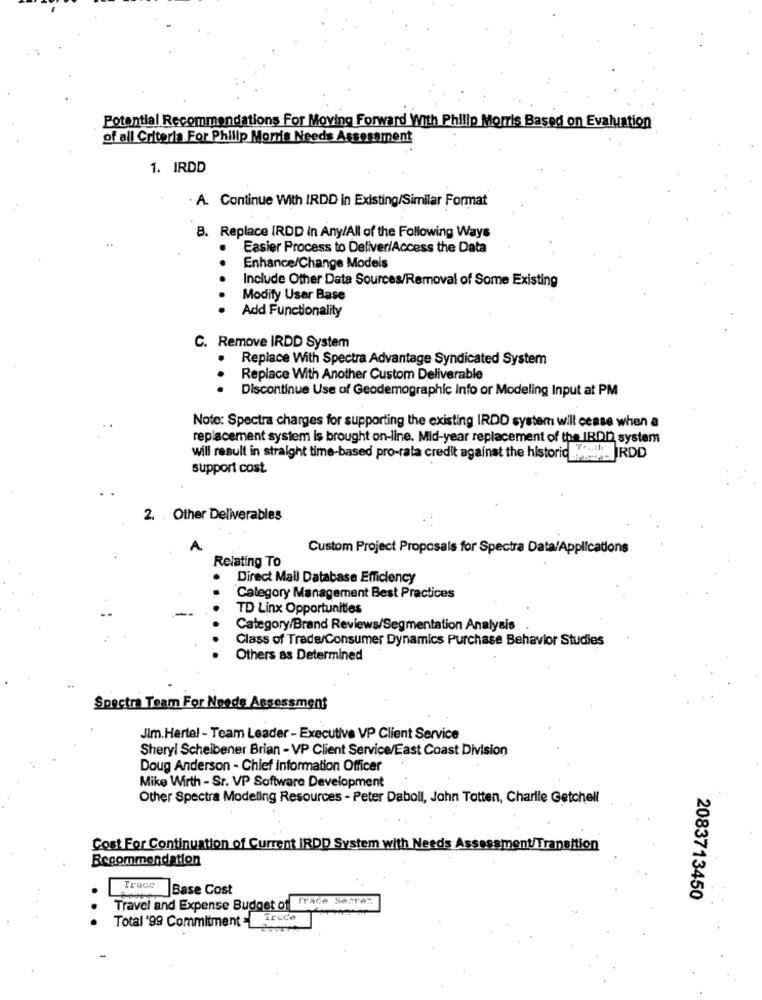
Potential Recommendations For Moving Forward With Philip Morris Based on Evaluation
of all Criteria For Philip Morris Needs Assessment
1. IRDD
· A. Continue With IRDD in Existing/Similar Format
B. Replace IRDD in Any/All of the Following Ways
Easier Process to Deliver/Access the Data
Enhance/Change Models
...
Include Other Data Sources/Removal of Some Existing
Modify User Base
..
Add Functionality
C. Remove IRDD System
Replace With Spectra Advantage Syndicated System
Replace With Another Custom Deliverable
...
Discontinue Use of Geodemographic Info or Modeling Input at PM
Note: Spectra charges for supporting the existing IRDD system will cease when a
replacement system is brought on-line. Mid-year replacement of the IRDD system
will result in straight time-based pro-rata credit against the historic ___ IRDD
support cost.
2. . Other Deliverables
Custom Project Proposals for Spectra Data/Applications
Relating To
Direct Mail Database Efficiency
..
Category Management Best Practices
TD Linx Opportunities
Category/Brand Reviews/Segmentation Analysis
Class of Trade/Consumer Dynamics Purchase Behavior Studies
Others as Determined
Spectra Team For Needs Assessment
Jim.Hertel - Team Leader - Executive VP Client Service
Sheryl Scheibener Brian - VP Client Service/East Coast Division
Doug Anderson - Chief Information Officer
Mike Wirth - Sr. VP Software Development
Other Spectra Modeling Resources - Peter Daboll, John Totten, Charlie Getchell
Cost For Continuation of Current IRDD System with Needs Assessment/Transition
Recommendation
Trace
Base Cost
Trace Searez
2083713450
Travel and Expense Budget of
Total '99 Commitment : Trude